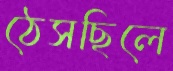
ঠেসছিলে